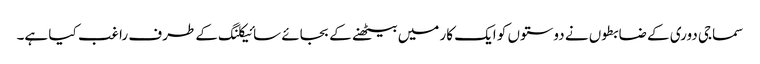
سماجی دوری کے ضابطوں نے دوستوں کو ایک کار میں بیٹھنے کے بجائے سائیکلنگ کے طرف راغب کیا ہے۔